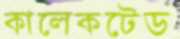
কালেকটেড